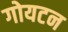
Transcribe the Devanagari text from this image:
गोयटन